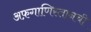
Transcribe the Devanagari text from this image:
अफ़गाणिस्तानची